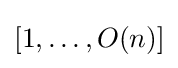
[1,\ldots ,O(n)]